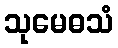
သုမေဓသံ